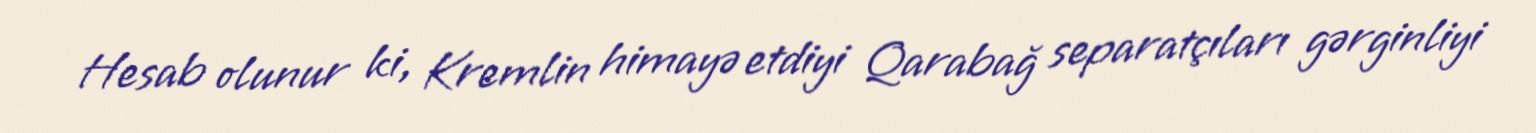
Hesab olunur ki, Kremlin himayə etdiyi Qarabağ separatçıları gərginliyi